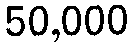
50,000